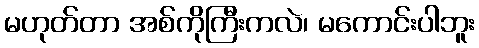
မဟုတ်တာ အစ်ကိုကြီးကလဲ၊ မကောင်းပါဘူး